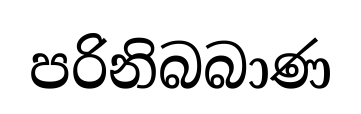
පරිනිබබාණ